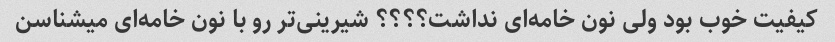
کیفیت خوب بود ولی نون خامه‌ای نداشت؟؟؟؟ شیرینی‌تر رو با نون خامه‌ای میشناسن